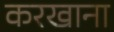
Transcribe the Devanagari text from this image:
करखाना